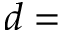
d =